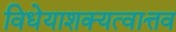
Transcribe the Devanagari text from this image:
विधेयाशक्यत्वात्तव